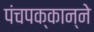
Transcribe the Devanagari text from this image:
पंचपक्कान्ने